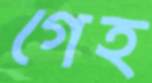
গেহ